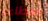
مطاعم